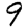
Digit: 9